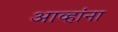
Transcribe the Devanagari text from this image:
आव्हांना